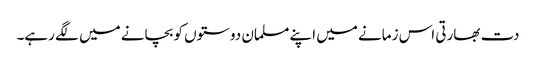
دت بھارتی اس زمانے میں اپنے مسلمان دوستوں کو بچانے میں لگے رہے۔